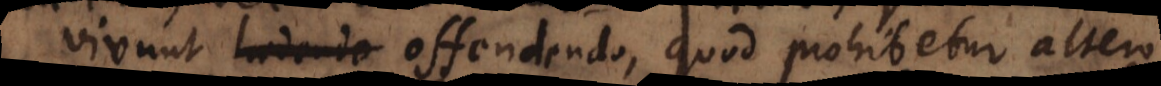
vivunt laedendo offendendo, quod prohibetur altero